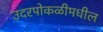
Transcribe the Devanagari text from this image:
उदरपोकळीमधील